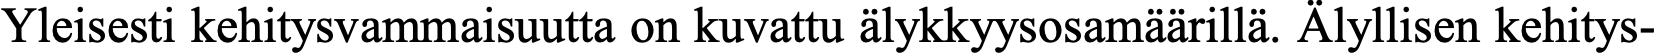
Yleisesti kehitysvammaisuutta on kuvattu älykkyysosamäärillä. Älyllisen kehitys-